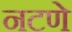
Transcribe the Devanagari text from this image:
नटणे